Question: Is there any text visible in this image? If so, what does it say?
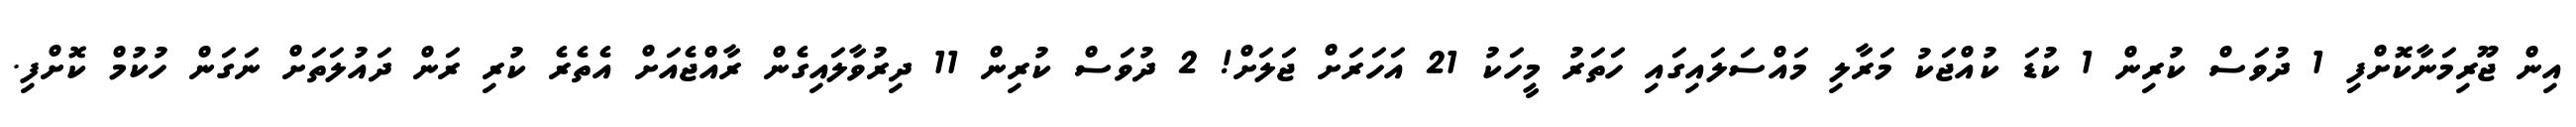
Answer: އިން ޖޫރިމަނާކޮށްފި 1 ދުވަސް ކުރިން 1 ކުޑަ ކުއްޖަކު މަރާލި މައްސަލައިގައި ހަތަރު މީހަކު 21 އަހަރަށް ޖަލަށް! 2 ދުވަސް ކުރިން 11 ދިރުވާލައިގެން ރާއްޖެއަށް އެތެރެ ކުރި ރަން ދައުލަތަށް ނަގަން ހުކުމް ކޮށްފި.